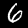
Label: 6